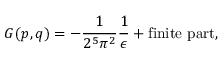
{ \cal G } ( p , q ) = - \frac { 1 } { 2 ^ { 5 } \pi ^ { 2 } } \frac { 1 } { \epsilon } + \mathrm { f i n i t e ~ p a r t } ,